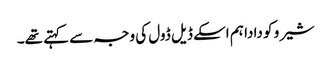
شیرو کو دادا ہم اسکے ڈیل ڈول کی وجہ سے کہتے تھے۔